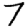
Digit: 7